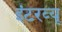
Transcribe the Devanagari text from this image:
इंटरव्‍यू